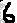
Text: 6